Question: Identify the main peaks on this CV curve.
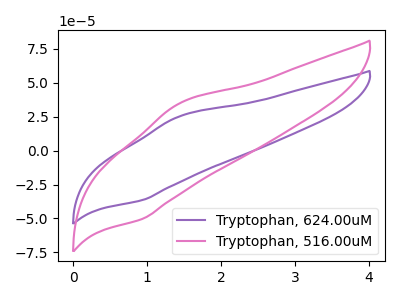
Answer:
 <answer>The purple curve "Tryptophan, 624.00uM" has an anodic peak at (1.45V, 25.20uA) and a cathodic peak at (0.95V, -36.50uA). The pink curve "Tryptophan, 516.00uM" has an anodic peak at (1.45V, 34.75uA) and a cathodic peak at (0.95V, -50.40uA).</answer>
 <eval></eval>